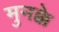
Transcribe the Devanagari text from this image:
मुनक्के